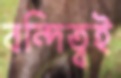
বন্দিত্বই